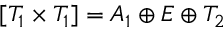
[ T _ { 1 } \times T _ { 1 } ] = A _ { 1 } \oplus E \oplus T _ { 2 }